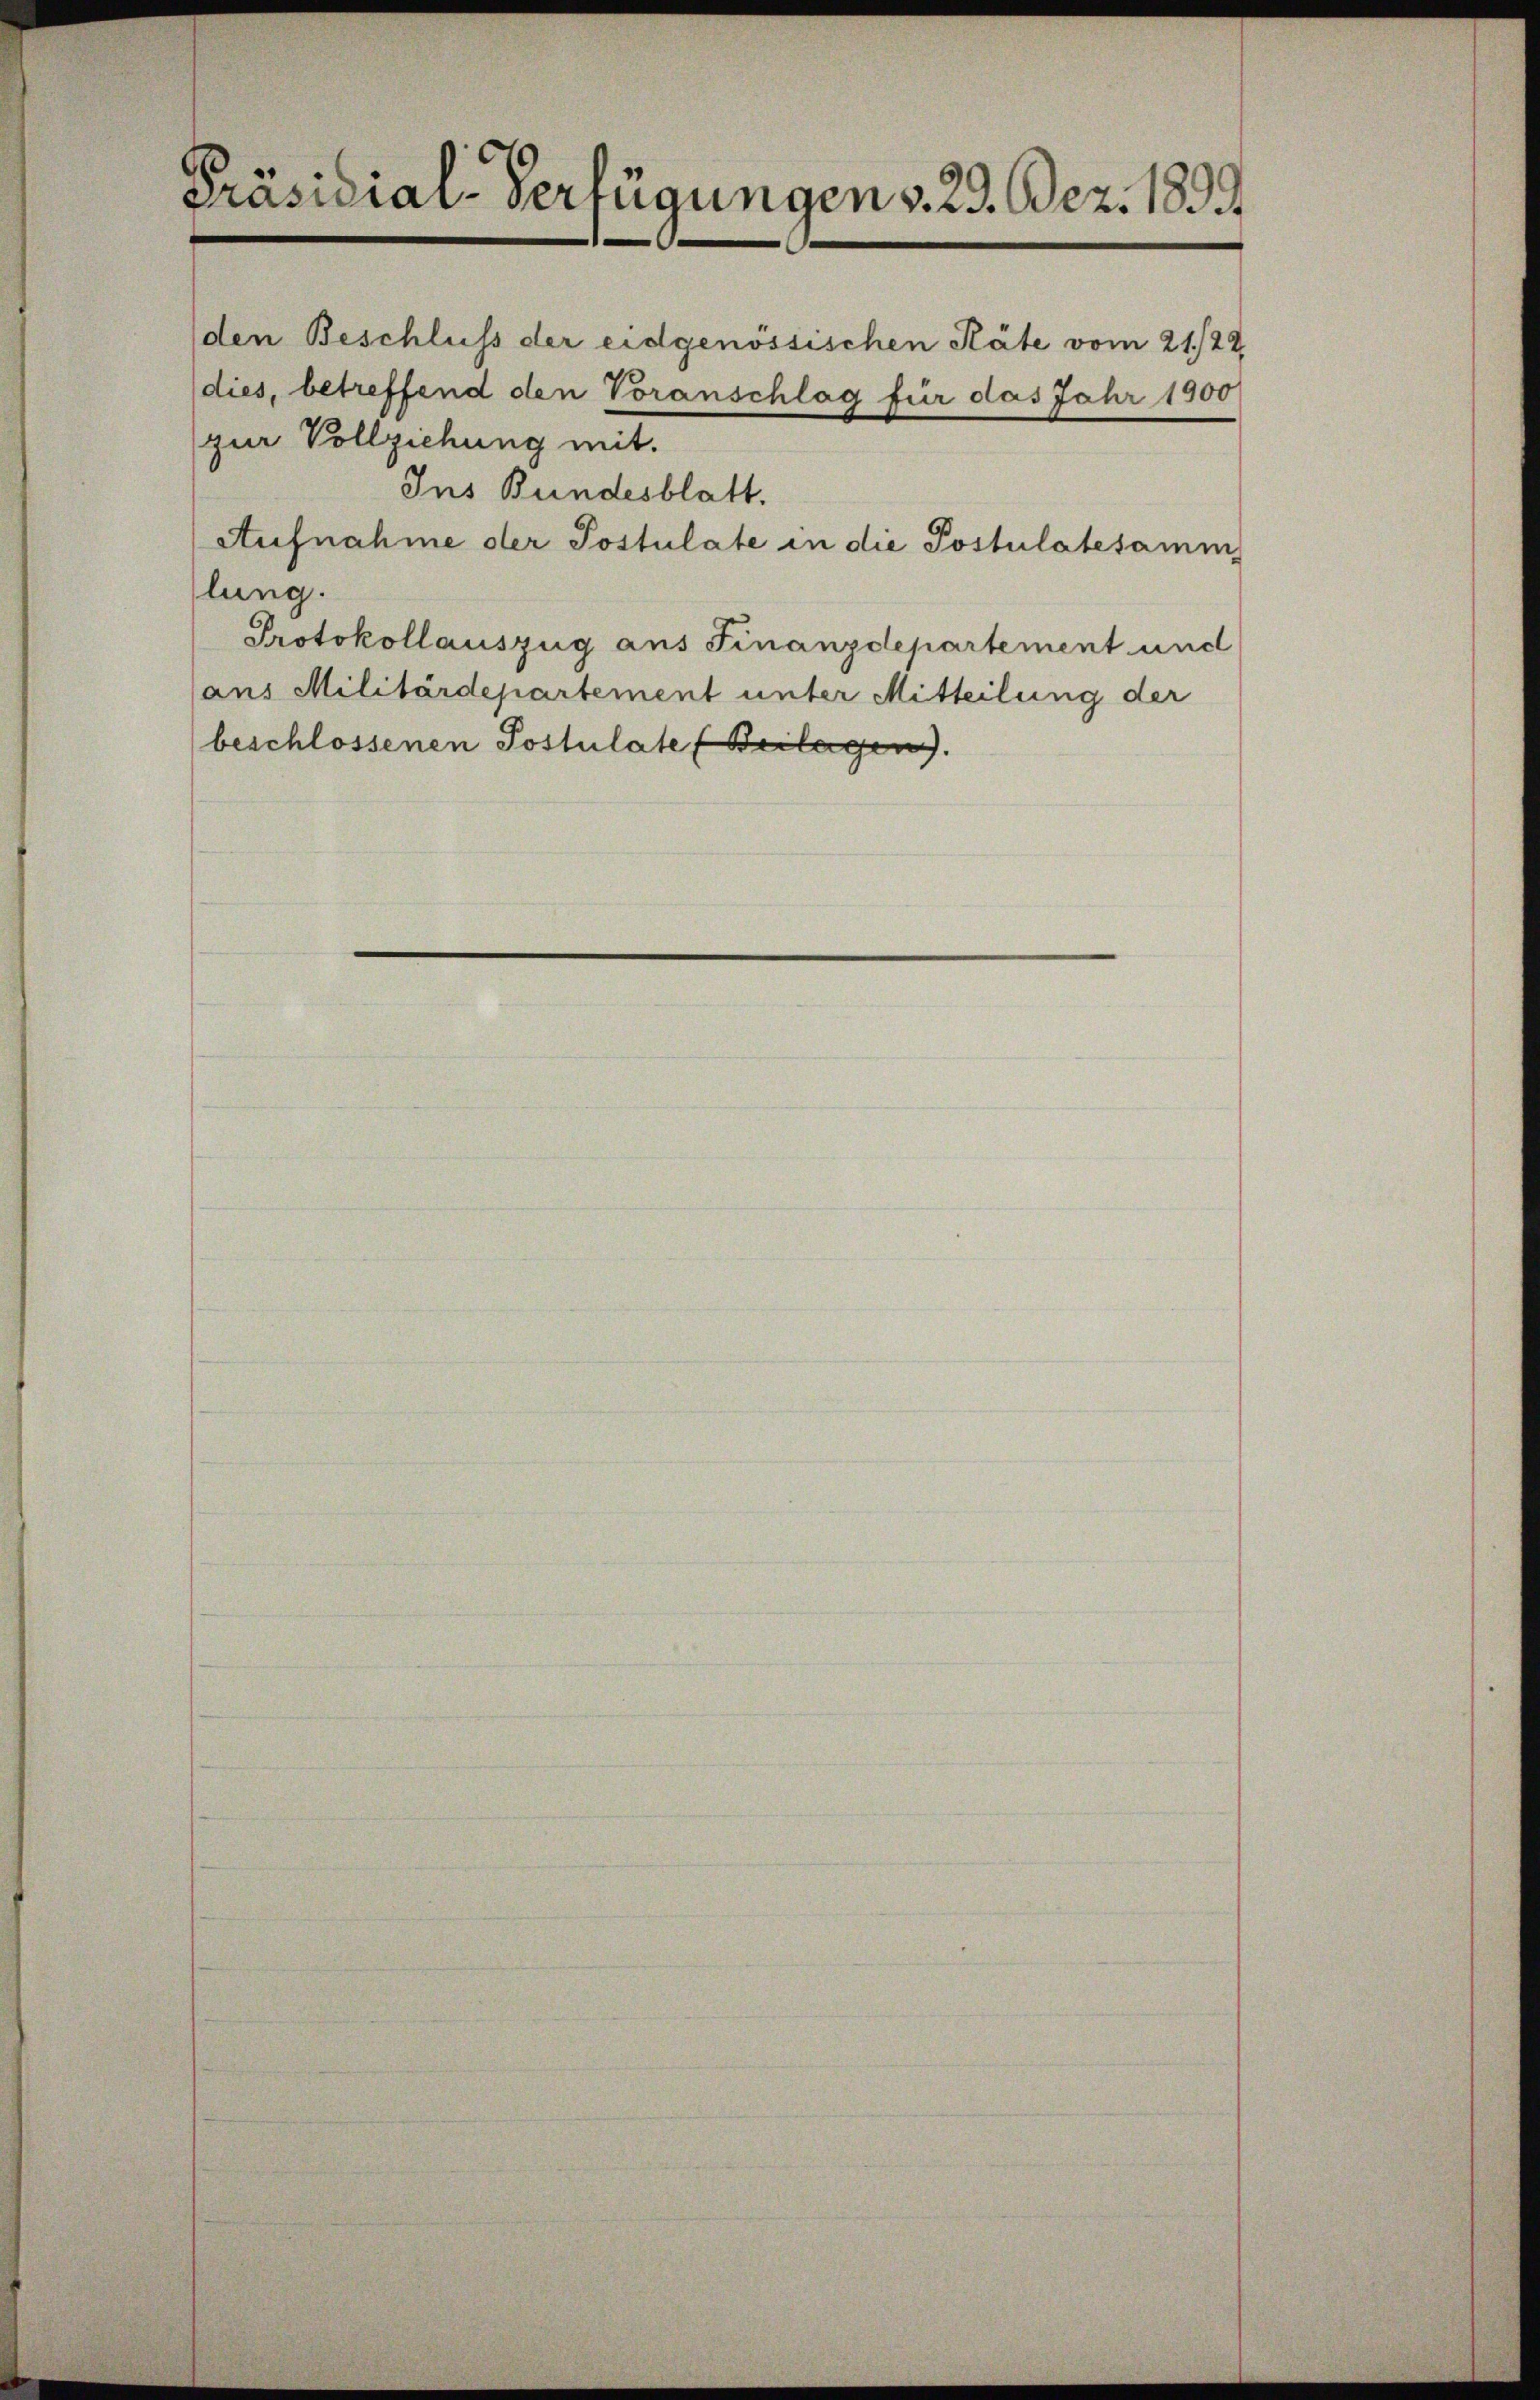
Präsidial-Verfügungen v. 29. Dez. 1891

den Beschluss der eidgenössischen Räte vom 21./22.
dies, betreffend den Voranschlag für das Jahr 1900
zur Vollziehung mit.
Ins Bundesblatt.
Aufnahme der Postulate in die Postulatesamm
lung.
Protokollauszug aus Finanzdepartement und
ans Militärdepartement unter Mitteilung der
beschlossenen Postulate (Beilagen.